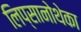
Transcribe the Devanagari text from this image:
लिप्सानोथेका